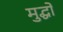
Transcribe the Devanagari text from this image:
मुद्धों